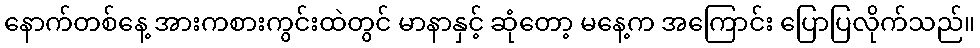
နောက်တစ်နေ့ အားကစားကွင်းထဲတွင် မာနာနှင့် ဆုံတော့ မနေ့က အကြောင်း ပြောပြလိုက်သည်။